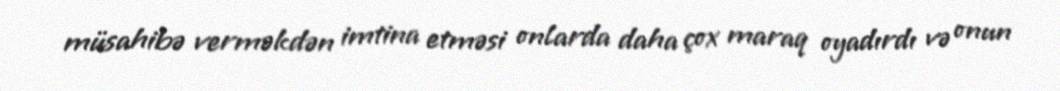
müsahibə verməkdən imtina etməsi onlarda daha çox maraq oyadırdı və onun